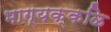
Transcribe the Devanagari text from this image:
भाग्यक्कळि